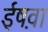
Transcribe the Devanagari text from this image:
ईष़वा